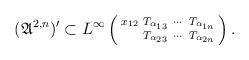
LaTeX: \begin{align*}({\mathfrak A}^{2,n})'\subset L^\infty\left(\begin{smallmatrix}x_{12}&T_{\alpha_{13}}&\cdots&T_{\alpha_{1n}}\\ &T_{\alpha_{23}}&\cdots&T_{\alpha_{2n}}\\\end{smallmatrix}\right).\end{align*}